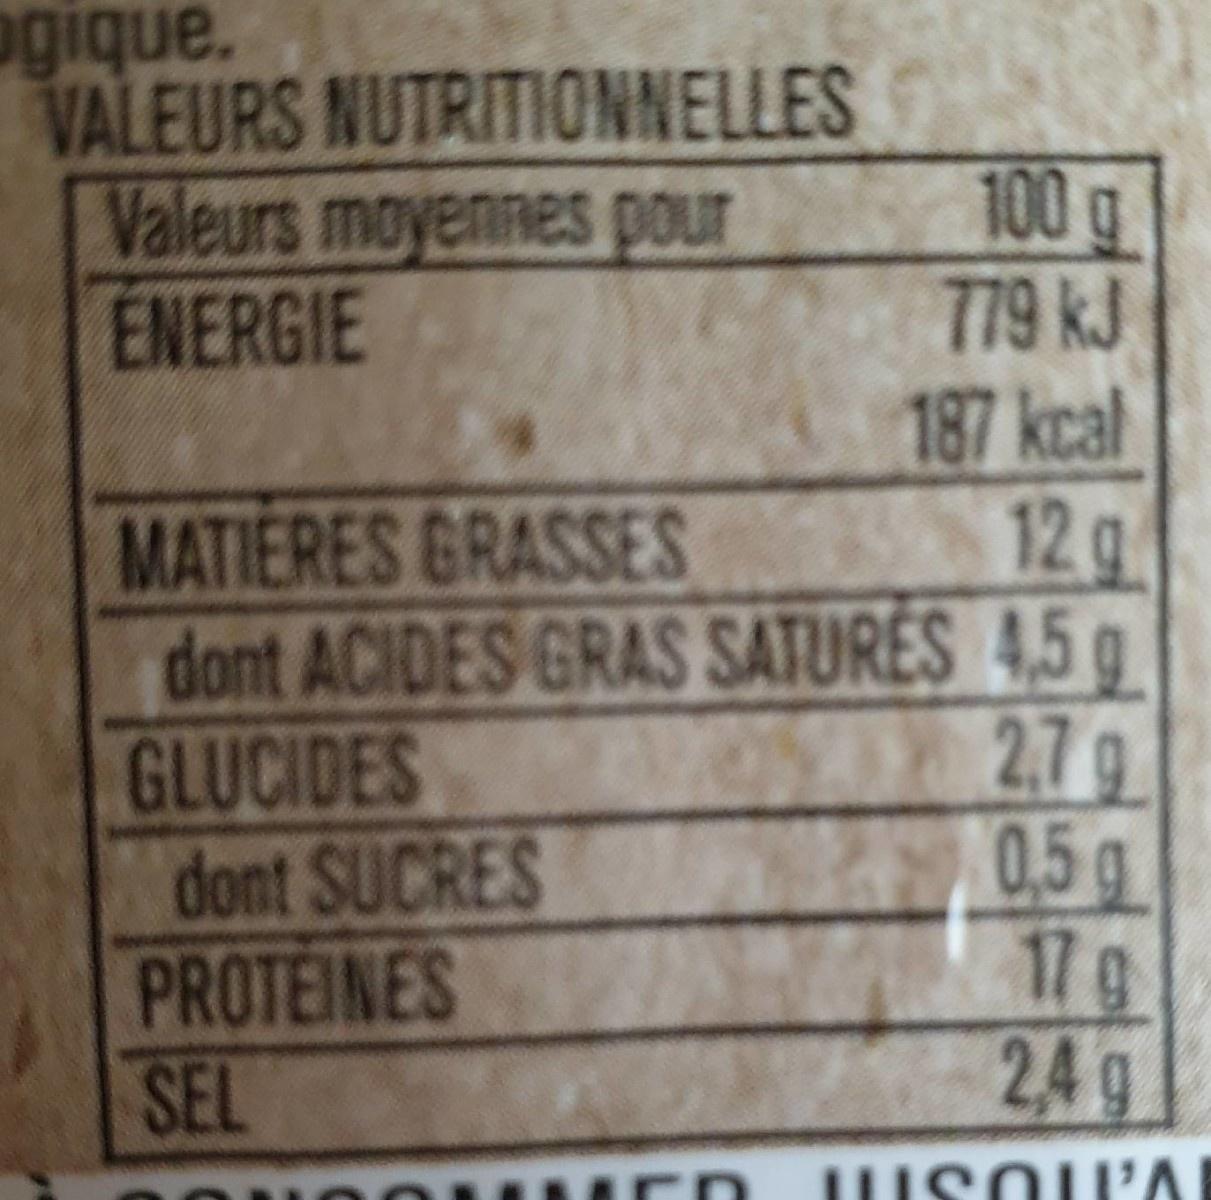
ogique. VALEURS NUTRITIONNELLES Valeurs moyennes pour ENERGIE
100g 779 kJ 187 kcal 12 g
MATIERES GRASSES dont ACIDES GRAS SATURES 4,5 g GLUCIDES dont SUCRES PROTEINES SEL
27g 0.5g
0.5 17g 24g